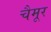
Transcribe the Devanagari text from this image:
चैमूर